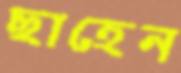
ছাহেন